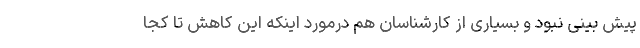
پیش بینی نبود و بسیاری از کارشناسان هم درمورد اینکه این کاهش تا کجا